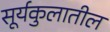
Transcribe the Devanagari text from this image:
सूर्यकुलातील